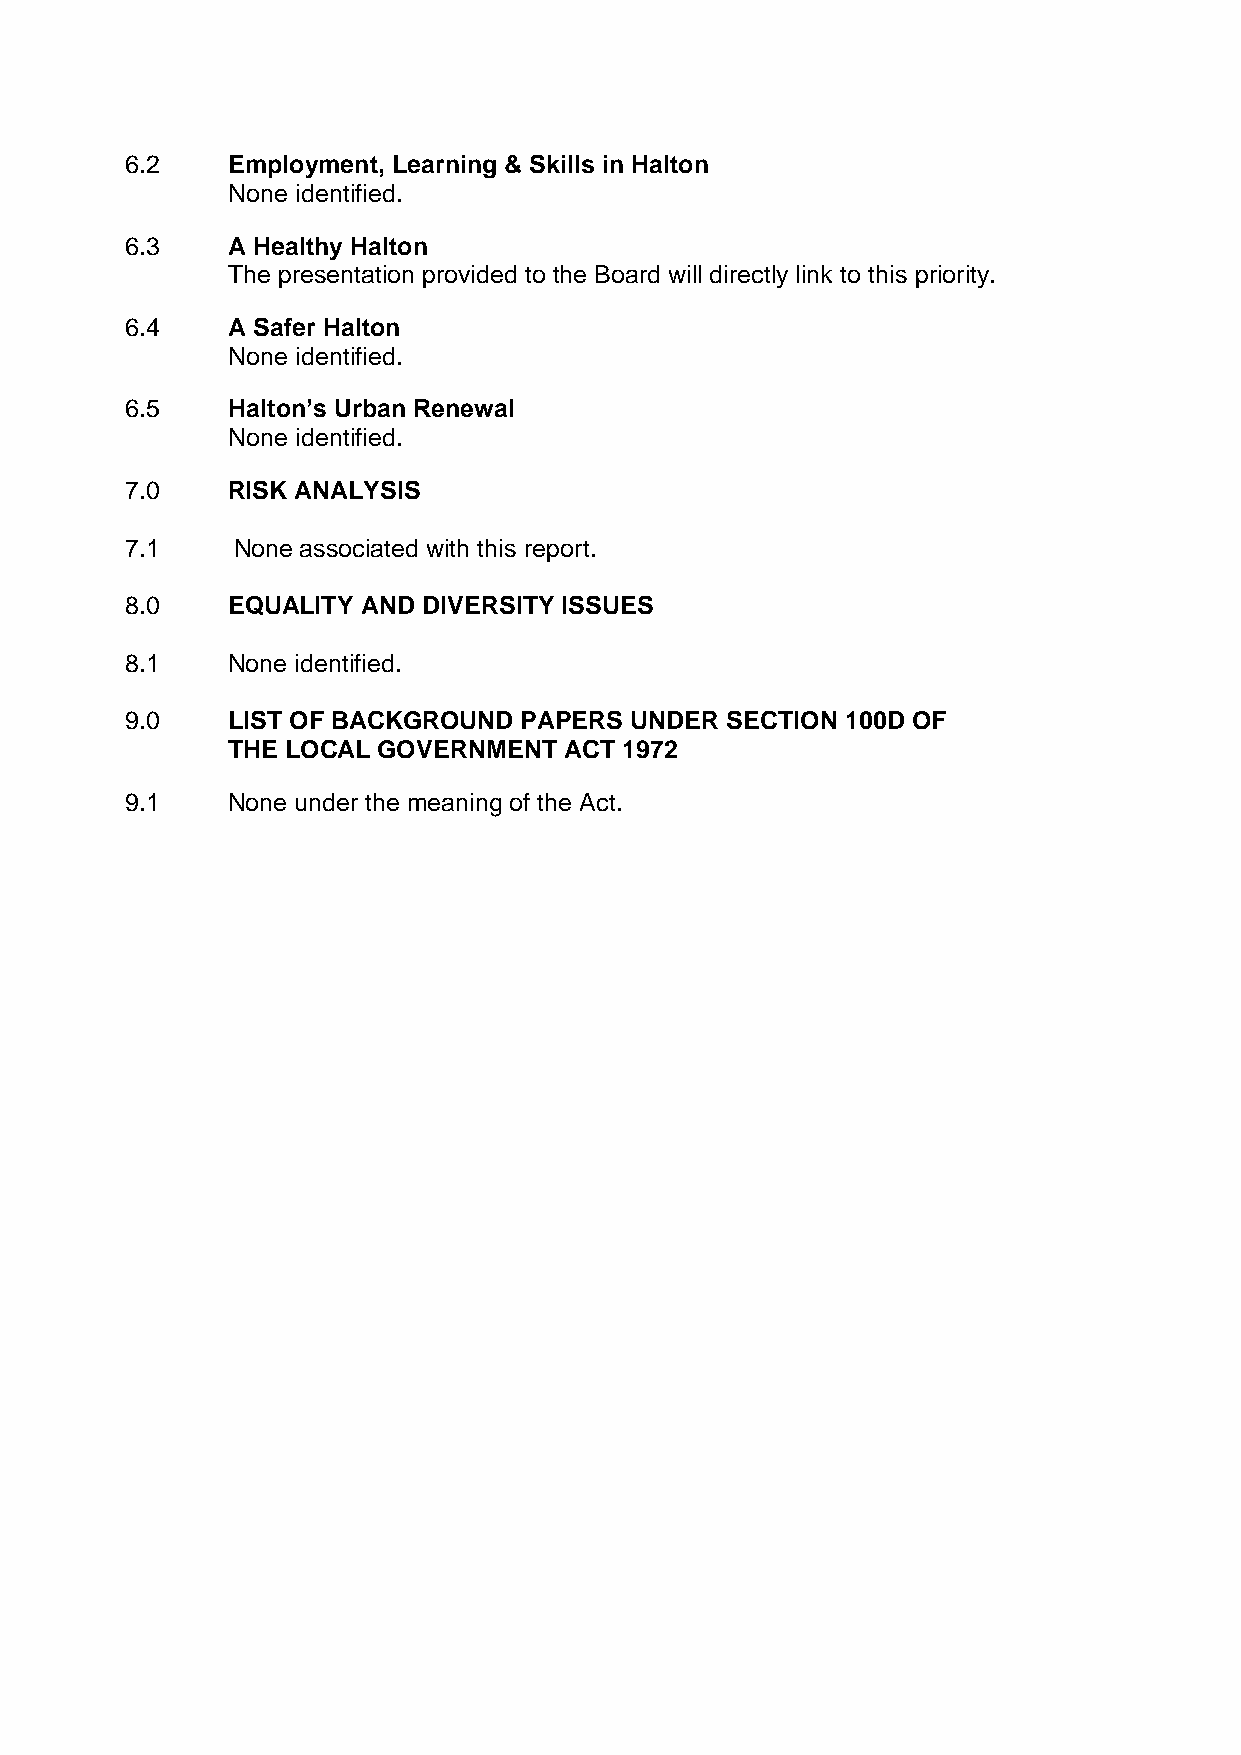
6.2    Employment, Learning & Skills in Halton
 None identified.
 6.3    A Healthy Halton
 The presentation provided to the Board will directly link to this priority.
 6.4    A Safer Halton
 None identified.
 6.5    Halton’s Urban Renewal
 None identified.
 7.0    RISK ANALYSIS
 7.1    None associated with this report.
 8.0    EQUALITY AND DIVERSITY ISSUES
 8.1    None identified.
 9.0    LIST OF BACKGROUND PAPERS  UNDER SECTION 100D OF
 THE LOCAL GOVERNMENT  ACT 1972
 9.1    None under the meaning of the Act.